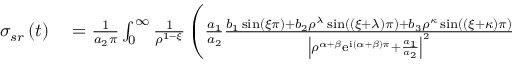
\begin{array} { r l } { \sigma _ { s r } \left( t \right) } & { { } = \frac { 1 } { a _ { 2 } \pi } \int _ { 0 } ^ { \infty } \frac { 1 } { \rho ^ { 1 - \xi } } \left( \frac { a _ { 1 } } { a _ { 2 } } \frac { b _ { 1 } \sin \left( \xi \pi \right) + b _ { 2 } \rho ^ { \lambda } \sin \left( \left( \xi + \lambda \right) \pi \right) + b _ { 3 } \rho ^ { \kappa } \sin \left( \left( \xi + \kappa \right) \pi \right) } { \left\vert \rho ^ { \alpha + \beta } \mathrm { e } ^ { \mathrm { i } \left( \alpha + \beta \right) \pi } + \frac { a _ { 1 } } { a _ { 2 } } \right\vert ^ { 2 } } \right. } \end{array}